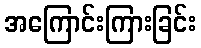
အကြောင်းကြားခြင်း